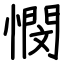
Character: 憫